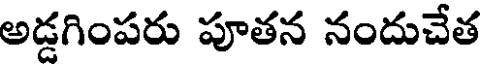
అడ్డగింపరు పూతన నందుచేత